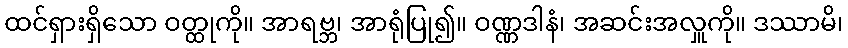
ထင်ရှားရှိသော ဝတ္ထုကို။ အာရဗ္ဘ၊ အာရုံပြု၍။ ဝဏ္ဏဒါနံ၊ အဆင်းအလှူကို။ ဒဿာမိ၊